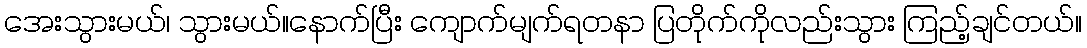
အေးသွားမယ်၊ သွားမယ်။နောက်ပြီး ကျောက်မျက်ရတနာ ပြတိုက်ကိုလည်းသွား ကြည့်ချင်တယ်။